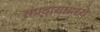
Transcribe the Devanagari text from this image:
संप्रदायांमध्ये